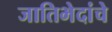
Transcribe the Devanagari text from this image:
जातिभेदांचे